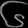
Digit: ၆